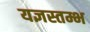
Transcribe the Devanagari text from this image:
यज्ञस्तम्भ